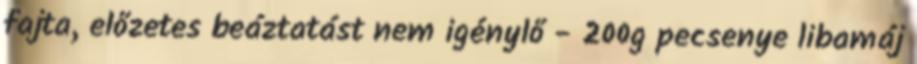
fajta, előzetes beáztatást nem igénylő - 200g pecsenye libamáj